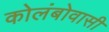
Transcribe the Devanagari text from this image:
कोलंबोवासी